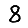
Digit: 8